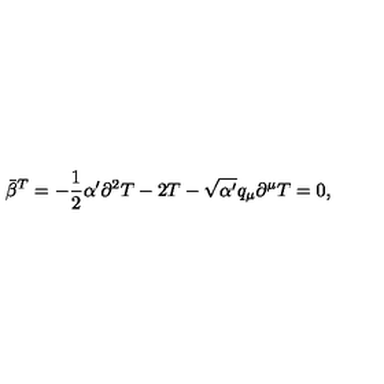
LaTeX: \bar { \beta } ^ { T } = - \frac { 1 } { 2 } \alpha ^ { \prime } \partial ^ { 2 } T - 2 T - \sqrt { \alpha ^ { \prime } } q _ { \mu } \partial ^ { \mu } T = 0 ,